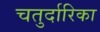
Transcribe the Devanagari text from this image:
चतुर्दारिका